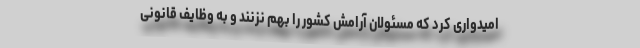
امیدواری کرد که مسئولان آرامش کشور را بهم نزنند و به وظایف قانونی